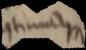
continuam